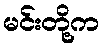
မင်းတို့က